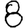
Digit: 8